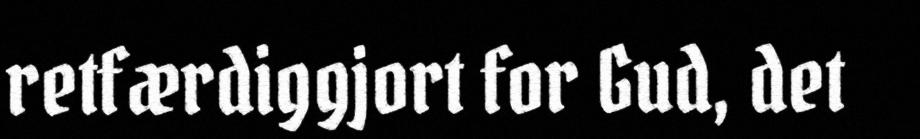
retfærdiggjort for Gud, det